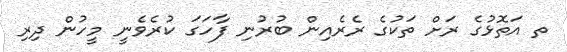
ތ އަތޮޅުގެ ރަށް ތަކުގެ ރެރެއިން ބުރުނި ފާހަގަ ކުރެވެނީ މީހުން ދިރި